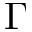
\Gamma